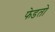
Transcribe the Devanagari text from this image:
फेडतो